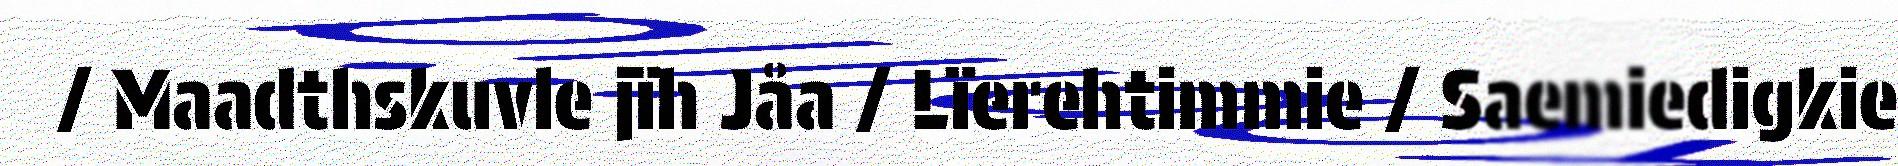
/ Maadthskuvle jïh Jåa / Lïerehtimmie / Saemiedigkie